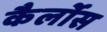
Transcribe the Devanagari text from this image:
कैर्लोस